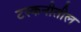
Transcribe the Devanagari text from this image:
टस्कनीतील